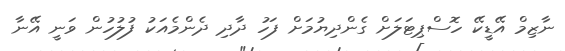
ނާޒިމް އޭޑީކޭ ހޮސްޕިޓަލަށް ގެންދިޔުމަށް ފަހު ދާދި ދެންމެއަކު ފުލުހުން ވަނީ އޭނާ